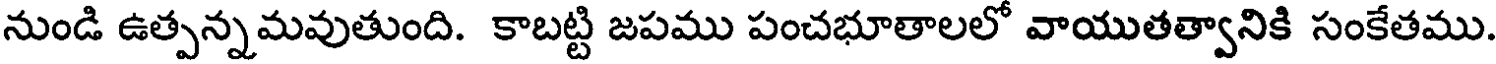
నుండి ఉత్పన్నమవుతుంది. కాబట్టి జపము పంచభూతాలలో వాయుతత్వానికి సంకేతము.